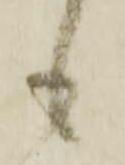
も